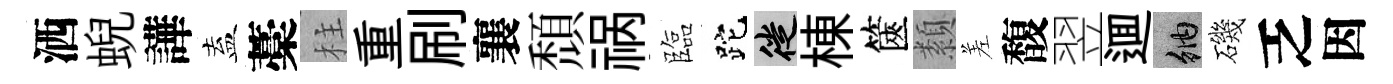
洒蜺譁盍藁柱重刷襄頹祸臨跎徙棟篋纇差馥翌逥納磯乏因